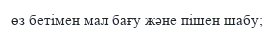
өз бетiмен мал бағу және пiшен шабу;